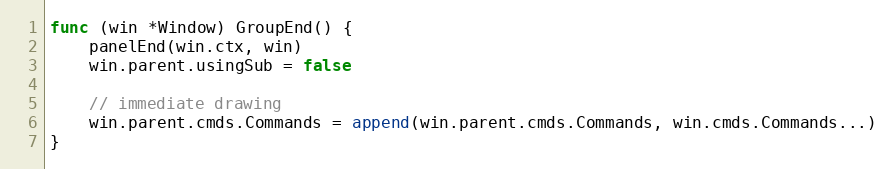
Language: Go
func (win *Window) GroupEnd() {
	panelEnd(win.ctx, win)
	win.parent.usingSub = false

	// immediate drawing
	win.parent.cmds.Commands = append(win.parent.cmds.Commands, win.cmds.Commands...)
}